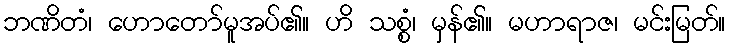
ဘဏိတံ၊ ဟောတော်မူအပ်၏။ ဟိ သစ္စံ၊ မှန်၏။ မဟာရာဇ၊ မင်းမြတ်။